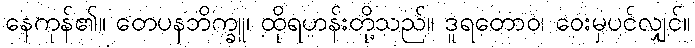
နေကုန်၏။ တေပနဘိက္ခူ၊ ထိုရဟန်းတို့သည်။ ဒူရတောဝ၊ ဝေးမှပင်လျှင်။